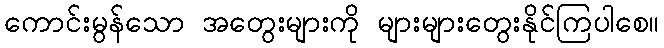
ကောင်းမွန်သော အတွေးများကို များများတွေးနိုင်ကြပါစေ။